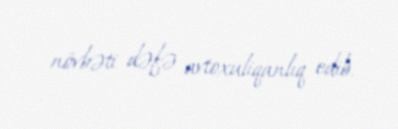
növbəti dəfə avtoxuliqanlıq edib.